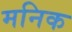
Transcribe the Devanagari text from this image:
मनिक